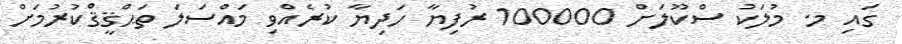
ގައި މ. މުލަކު ސްކޫލަށް 100000 ރުފިޔާ ހަދިޔާ ކުރެއްވި މައްސަލަ ތަޙްޤީޤްކުރުމަށް